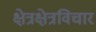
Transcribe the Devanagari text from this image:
क्षेत्रक्षेत्रविचार